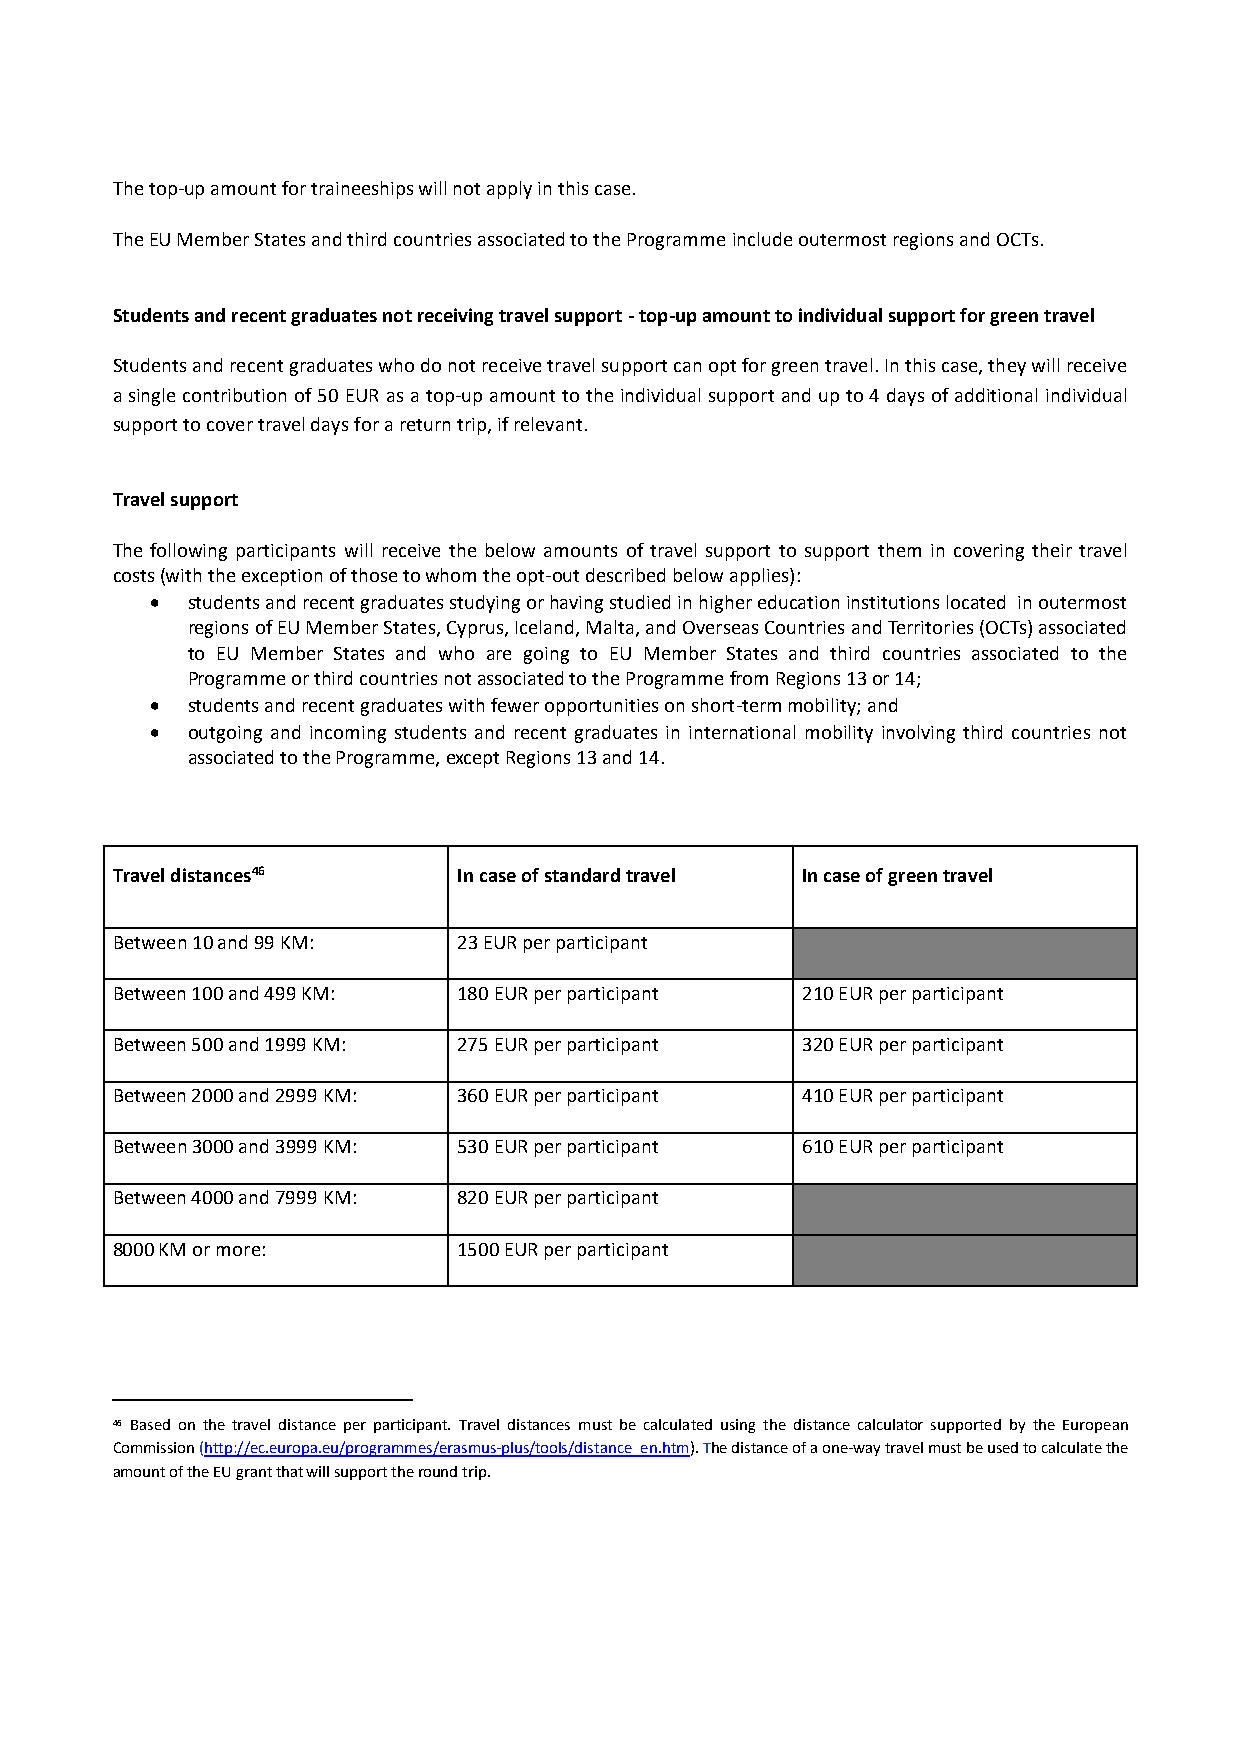
The top-up amount for traineeships will not apply in this case.
 The EU Member States and third countries associated to the Programme include outermost regions and OCTs.
 Students and recent graduates not receiving travel support - top-up amount to individual support for green travel
 Students and recent graduates who do not receive travel support can opt for green travel. In this case, they will receive
 a single contribution of 50 EUR as a top-up amount to the individual support and up to 4 days of additional individual
 support to cover travel days for a return trip, if relevant.
 Travel support
 The following participants will receive the below amounts of travel support to support them in covering their travel
 costs (with the exception of those to whom the opt-out described below applies):
  students and recent graduates studying or having studied in higher education institutions located in outermost
 regions of EU Member States, Cyprus, Iceland, Malta, and Overseas Countries and Territories (OCTs) associated
 to EU Member States and who are going to EU Member States and third countries associated to the
 Programme or third countries not associated to the Programme from Regions 13 or 14;
  students and recent graduates with fewer opportunities on short-term mobility; and
  outgoing and incoming students and recent graduates in international mobility involving third countries not
 associated to the Programme, except Regions 13 and 14.
 Travel distances46     In case of standard travel In case of green travel
 Between 10 and 99 KM:  23 EUR per participant
 Between 100 and 499 KM: 180 EUR per participant 210 EUR per participant
 Between 500 and 1999 KM: 275 EUR per participant 320 EUR per participant
 Between 2000 and 2999 KM: 360 EUR per participant 410 EUR per participant
 Between 3000 and 3999 KM: 530 EUR per participant 610 EUR per participant
 Between 4000 and 7999 KM: 820 EUR per participant
 8000 KM or more:       1500 EUR per participant
 46 Based on the travel distance per participant. Travel distances must be calculated using the distance calculator supported by the European
 Commission (http://ec.europa.eu/programmes/erasmus-plus/tools/distance_en.htm). The distance of a one-way travel must be used to calculate the
 amount of the EU grant that will support the round trip.